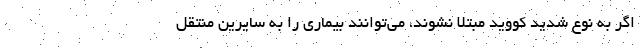
اگر به نوع شدید کووید مبتلا نشوند، می‌توانند بیماری را به سایرین منتقل